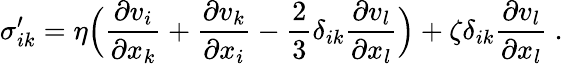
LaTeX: \sigma_{ik}^{\prime}=\eta\Bigl({\frac{\partial v_{i}}{\partial x_{k}}}+{\frac{\partial v_{k}}{\partial x_{i}}}-{\frac{2}{3}}\delta_{ik}{\frac{\partial v_{l}}{\partial x_{l}}}\Bigr)+\zeta\delta_{ik}{\frac{\partial v_{l}}{\partial x_{l}}}\ .